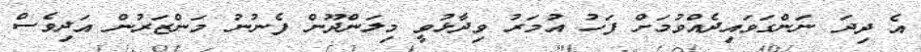
އެ ދިދަ ނަންގަވައިދެއްވުމަށް ފަހު އުމަރު ވިދާޅުވީ މިލަންދޫން ފެނުނު މަންޒަރުން އަދިވެސް